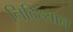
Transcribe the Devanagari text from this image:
निदिध्यान